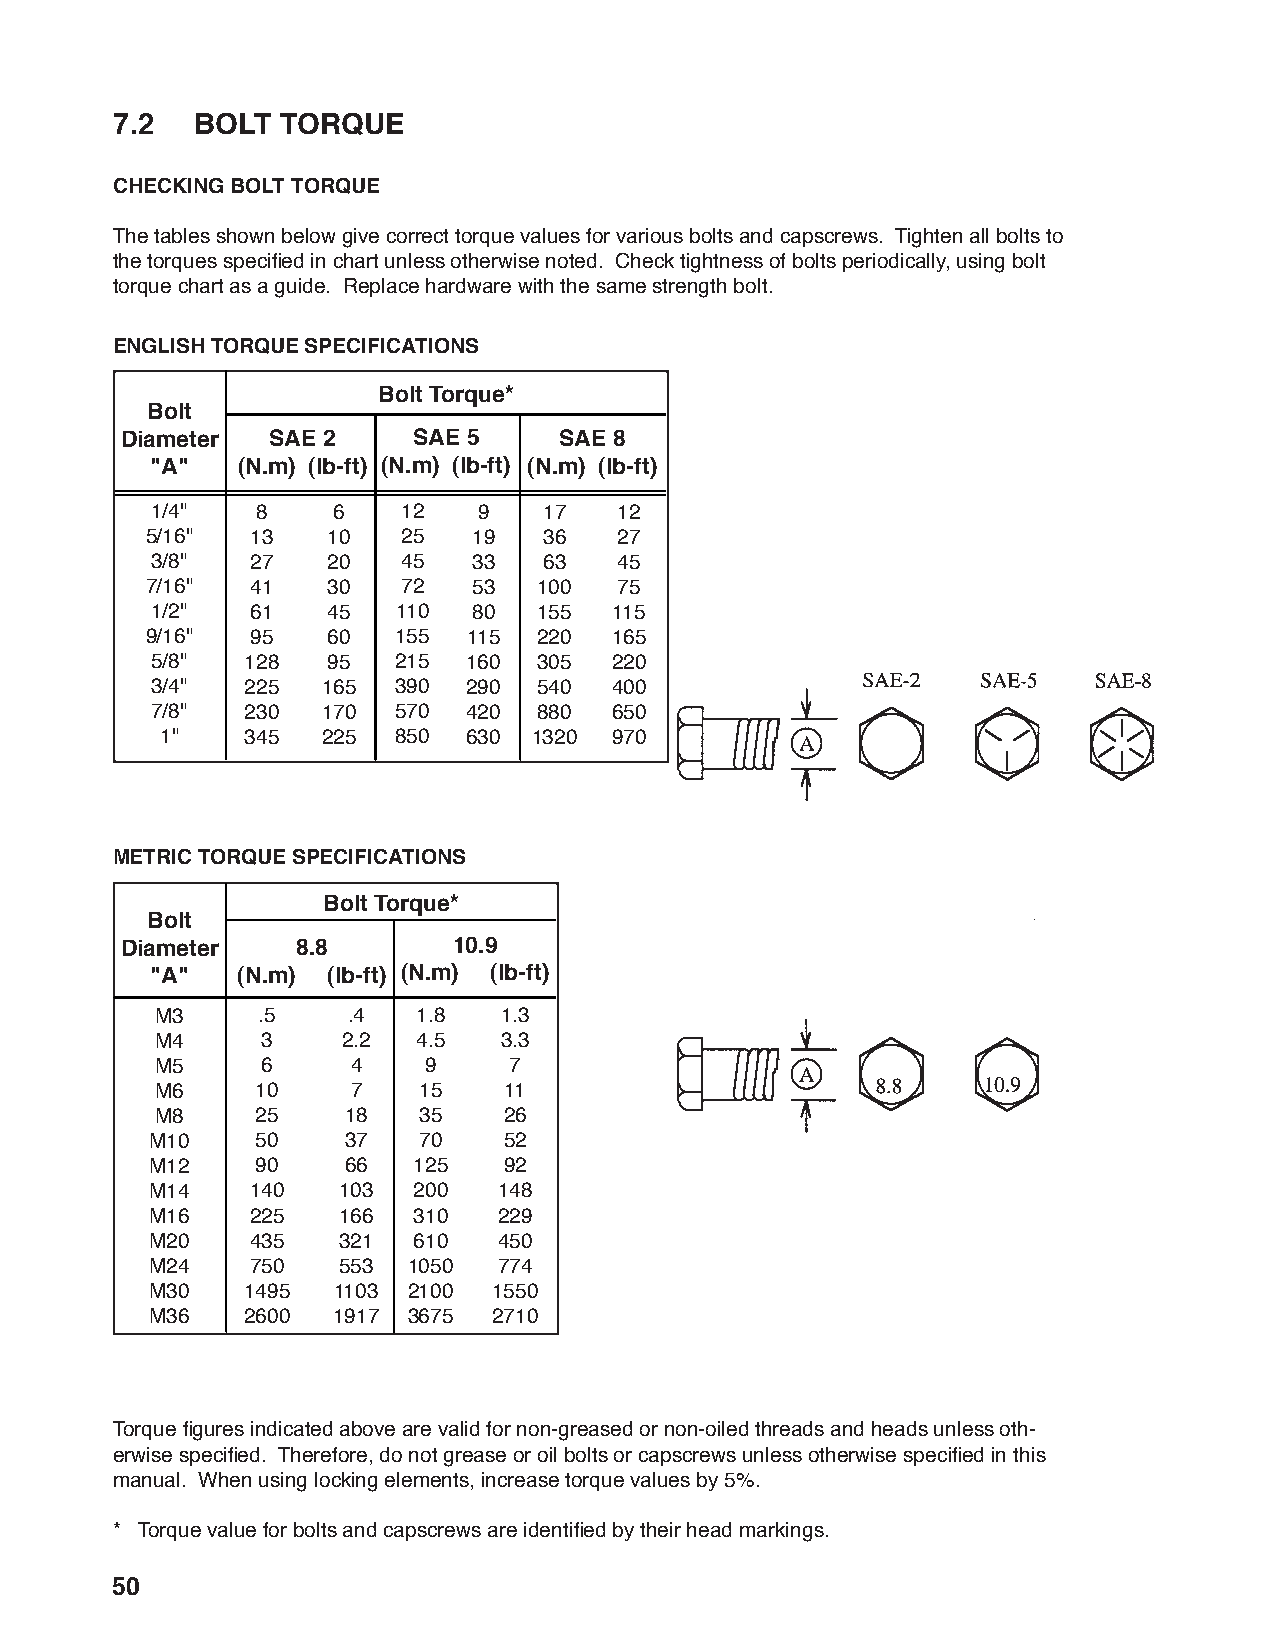
7.2  BOLT  TORQUE
 CHECKING BOLT TORQUE
 The tables shown below give correct torque values for various bolts and capscrews. Tighten all bolts to
 the torques specifi ed in chart unless otherwise noted. Check tightness of bolts periodically, using bolt
 torque chart as a guide. Replace hardware with the same strength bolt.
 ENGLISH TORQUE SPECIFICATIONS
 Bolt Torque*
 Bolt
 Diameter  SAE 2    SAE 5     SAE 8
 "A"   (N.m) (lb-ft) (N.m) (lb-ft) (N.m) (lb-ft)
 1/4"   8    6    12   9   17   12
 5/16"  13   10   25  19   36   27
 3/8"   27   20   45  33   63   45
 7/16"  41   30   72  53   100  75
 1/2"   61   45  110  80   155  115
 9/16"  95   60  155  115  220 165
 5/8"  128   95  215  160  305 220
 3/4"  225  165  390  290  540 400
 7/8"  230  170  570  420  880 650
 1"   345  225  850  630 1320 970
 METRIC TORQUE SPECIFICATIONS
 Bolt Torque*
 Bolt
 Diameter    8.8       10.9
 "A"   (N.m) (lb-ft) (N.m) (lb-ft)
 M3     .5    .4   1.8  1.3
 M4     3     2.2  4.5  3.3
 M5     6     4    9     7
 M6     10    7    15   11
 M8     25    18   35   26
 M10    50    37   70   52
 M12    90    66  125   92
 M14    140  103  200   148
 M16    225  166  310   229
 M20    435  321  610   450
 M24    750  553  1050  774
 M30   1495  1103 2100  1550
 M36   2600  1917 3675  2710
 Torque fi gures indicated above are valid for non-greased or non-oiled threads and heads unless oth-
 erwise specifi ed. Therefore, do not grease or oil bolts or capscrews unless otherwise specifi ed in this
 manual. When using locking elements, increase torque values by 5%.
 * Torque value for bolts and capscrews are identifi ed by their head markings.
 50